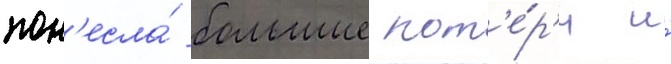
пон'есла́ большие пот'е́р'и и́